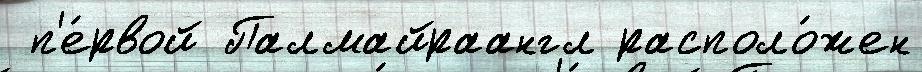
 п'е́рвой Палмайраангл располо́жен